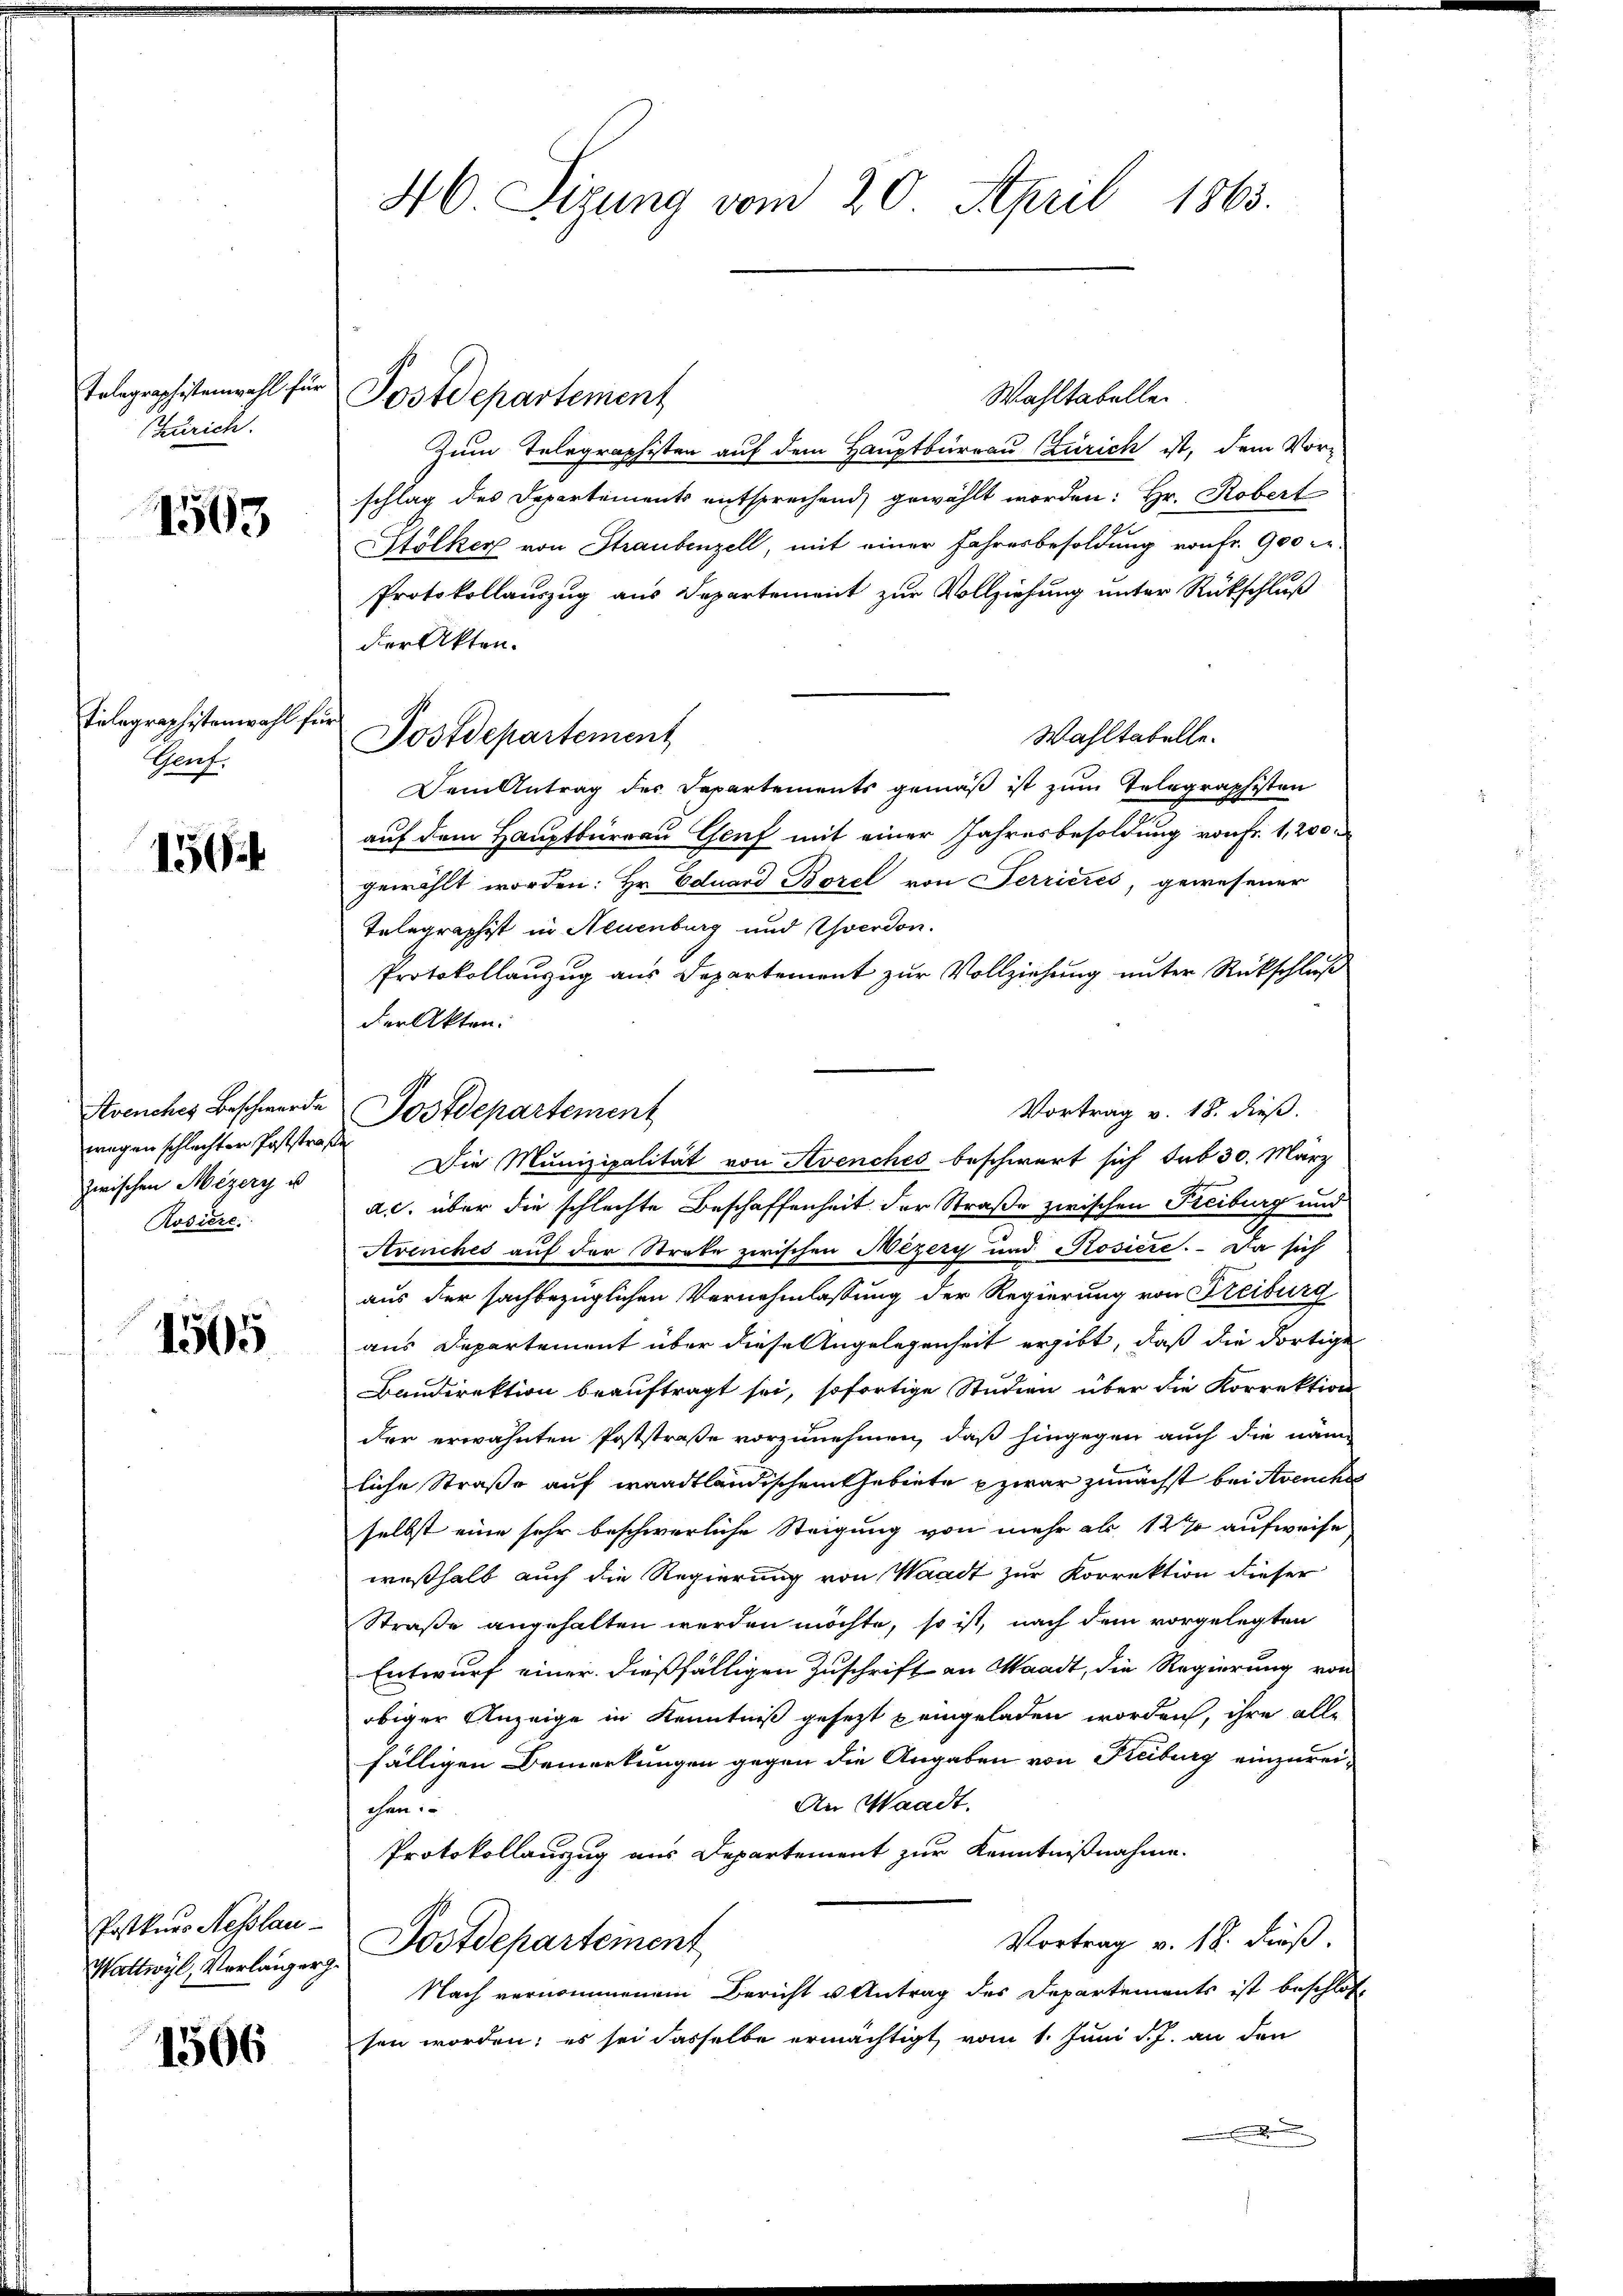
Telegraphistenwahl für
Zürich.

1563

Telegraphistenwahl fr
Genf.

15

wegen schlechter Poststraße
zwischen Mezery u.
Rosiere.

1505

Postkurs Nesslau

1566

46. Sizung vom 20. April 1865.

Wahltabelle
Zum Telegraphisten auf dem Hauptburgau (Zürich ist, dem Vor-
schlag des Departements entsprechend gewählt worden: Hr. Robert
Stölker von Straubenzell, mit einer Fahresbesoldung von Fr. 900 er
Protokollauszug aus Departement zur Vollziehung unter Rückschluß
der Akten.
Wahltabelle.
Dem Antrag des Departements gemäß ist zum Telegraphisten
auf dem Hauptbureau Genf mit einer Jahresbesoldung von Fr. 1,200.
gewählt worden: Hr. Eduard Borel von Terrieres, gewesener
Telegraphist in Neuenburg und Yverdon.
Protokollauszug aus Departement zur Vollziehung unter Rückschluß
der Akten.
Vortrag v. 18. dieß.
Die Munizipalität von Avenches beschwert sich sub 30. März
n
a.c. über die schlechte Beschaffenheit der Straße zwischen Freiburg und
Avenches auf der Strabe zwischen Bezery und Rosiere. Da sich
aus der sachbezüglichen Vernehmlassung der Regierung von Freiburg
aus Departement über diese Angelegenheit ergibt, daß die dortige
Baudirektion beauftragt sei, sofortige Studien über die Korrektion
der erwähnten Poststraße vorzunehmen, daß hingegen auch die nann
liche Straße auf waadtländischem Gebiete zwar zunächst bei Avenches
selbst eine sehr beschwerliche Steigung von mehr als 12 % aufweise
weßhalb auch die Regierung von Waadt zur Korrektion dieser
Straße angehalten werden möchte, so ist, nach dem vorgelegten
Entwurf einer dießfälligen Zuschrift an Waadt, die Regierung von
obiger Anzeige in Kenntniß gesetzt peingeladen worden, ihre alle
fälligen Bemerkungen gegen die Angaben von Freiburg einzurei¬
An Waadt.
cen
Protokollauszug aus Departement zur Kenntnißnahme.
Vortrag v. 18. dieß.
Wattwyl, Verlanger Postdepartement,
Nach vernommenem Bericht u Antrag des Departements ist beschlos
sen worden; es sei dasselbe ermächtigt, vom 1. Juni d. J. an den

Postdepartement

i
Postdepartement

Avenches Beschwerde Postdepartement